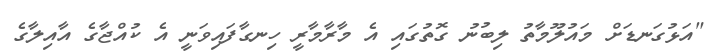
"އަޅުގަނޑަށް މައުލޫމާތު ލިބުނު ގޮތުގައި އެ މާރާމާރީ ހިނގާފައިވަނީ އެ ކުއްޖާގެ އާއިލާގެ